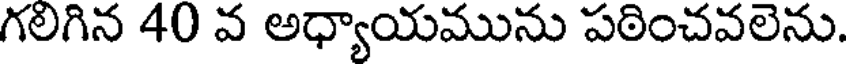
గలిగిన 40 వ అధ్యాయమును పఠించవలెను.